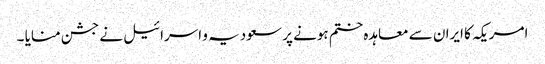
امریکہ کا ایران سے معاہدہ ختم ہونے پر سعودیہ و اسرائیل نے جشن منایا ۔